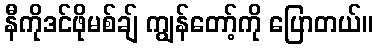
နီကိုဒင်ဖိုမစ်ချ် ကျွန်တော့်ကို ပြောတယ်။